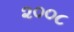
૨૦૦૮